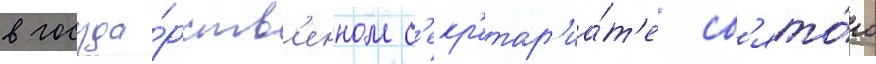
в госуда́рств'енном с'екр'етар'иа́т'е св'ято́го